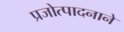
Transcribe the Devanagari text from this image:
प्रजोत्पादनाने